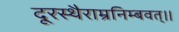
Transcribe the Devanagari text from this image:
दूरस्थैराम्रनिम्बवत्।।